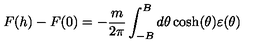
F ( h ) - F ( 0 ) = - \frac { m } { 2 \pi } \int _ { - B } ^ { B } d \theta \cosh ( \theta ) \varepsilon ( \theta )